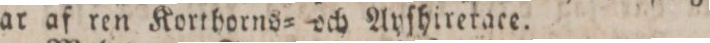
war af ren Korihorns= och Ayſhirerace.